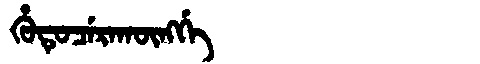
Manchu: ᡥᡠᡨᡠᠴᡝᡵᠠᡴᡡᠩᡤᡝ
Romanization: HUTUCERAKŪNGGE